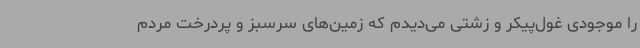
را موجودی غول‌پیکر و زشتی می‌دیدم که زمین‌های سرسبز و پردرخت مردم